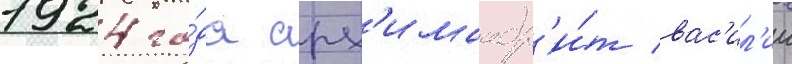
1924 го́да арх'имандр'и́т вас'ил'ии